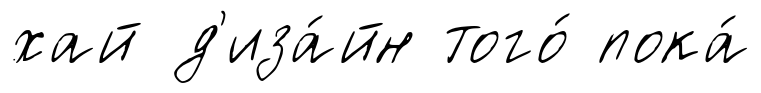
хай д'иза́йн того́ пока́